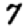
Digit: 7